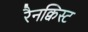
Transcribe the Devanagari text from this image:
रैनक्विस्ट